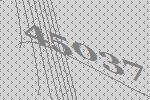
45037